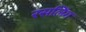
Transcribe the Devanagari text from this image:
रसलिंग